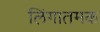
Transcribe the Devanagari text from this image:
लिंगातमक